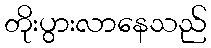
တိုးပွားလာနေသည်